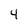
Character: 4